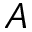
A